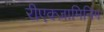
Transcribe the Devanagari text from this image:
रीएक्ज़ामिनिंग